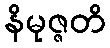
နိမုဇ္ဇတိ